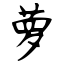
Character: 萝